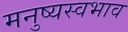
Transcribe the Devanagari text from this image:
मनुष्यस्वभाव